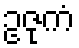
ဥဇုကံ